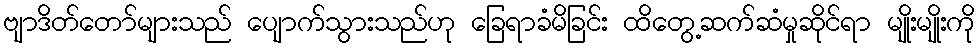
ဗျာဒိတ်တော်များသည် ပျောက်သွားသည်ဟု ခြေရာခံမိခြင်း ထိတွေ့ဆက်ဆံမှုဆိုင်ရာ မျိုးမျိုးကို